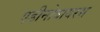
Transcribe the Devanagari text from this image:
एडीनोवायरस